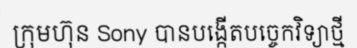
ក្រុមហ៊ុន Sony បានបង្កើតបច្ចេកវិទ្យាថ្មី